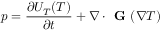
p = \frac { \partial U _ { T } ( T ) } { \partial t } + \nabla \cdot \textbf { G } ( \nabla T )